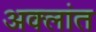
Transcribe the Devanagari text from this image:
अक्लांत